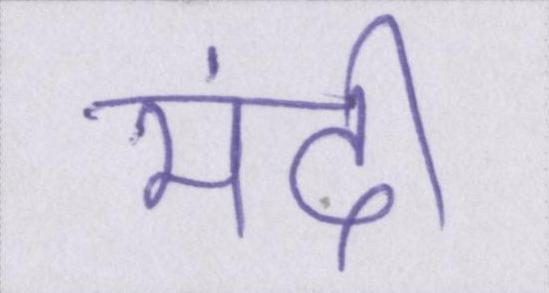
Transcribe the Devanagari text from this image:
मंदी